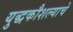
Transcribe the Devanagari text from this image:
युद्धकौशल्याचे